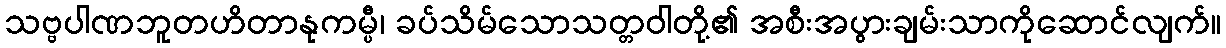
သဗ္ဗပါဏဘူတဟိတာနုကမ္ပီ၊ ခပ်သိမ်သောသတ္တဝါတို့၏ အစီးအပွားချမ်းသာကိုဆောင်လျက်။